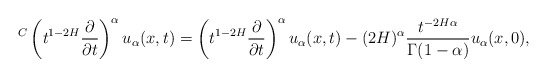
\begin{align*}{}^C\left(t^{1-2H}\frac{\partial}{\partial t}\right)^{\alpha} u_{\alpha}(x,t)=\left(t^{1-2H}\frac{\partial}{\partial t}\right)^{\alpha}u_{\alpha}(x,t)-(2H)^{\alpha}\frac{t^{-2H\alpha}}{\Gamma(1-\alpha)}u_{\alpha}(x,0),\end{align*}